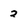
Character: 3